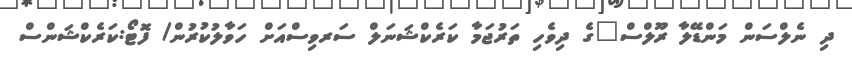
ދި ނެލްސަން މަންޑޭލާ ރޫލްސް"ގެ ދިވެހި ތަރުޖަމާ ކަރެކްޝަނަލް ސަރވިސްއަށް ހަވާލުކުރުން/ ފޮޓޯ:ކަރެކްޝަންސް